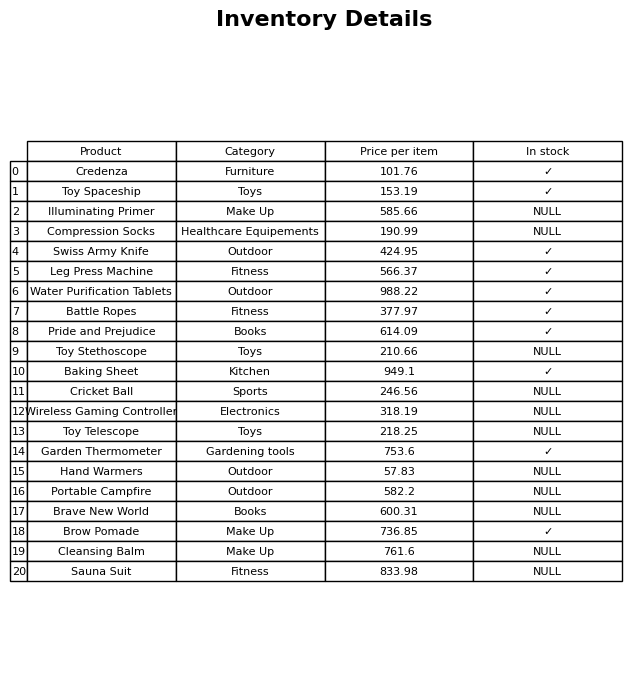
question: What is the price of the Credenza?
answer: The price of Credenza is 101.76.